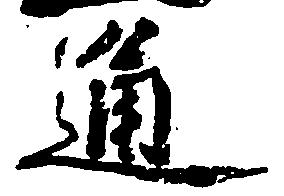
通